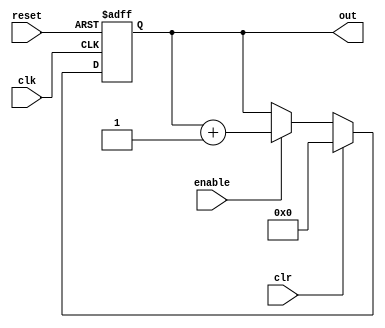
module clk_up_counter    (
out     ,  // Output of the counter
enable  ,  // enable for counter
clk     ,  // clock Input
clr     ,  //synchronous clear
reset      // asynchronous clear
);
//----------Output Ports--------------
    output [7:0] out;
//------------Input Ports--------------
    input enable, clk, reset,clr;
//------------Internal Variables--------
    reg [7:0] out;
//-------------Code Starts Here-------

always @(posedge clk or negedge reset) begin
 if (reset == 0) begin
   out <= 8'b0 ;
 end else begin
    
  if (clr) begin
   out <= 8'b0 ;
  end else if (enable) begin
   out <= out + 1;
  end
 end
end




endmodule